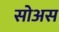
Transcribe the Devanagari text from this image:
सोअस